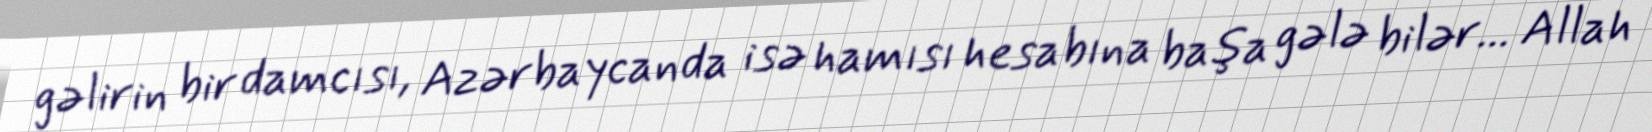
gəlirin bir damcısı, Azərbaycanda isə hamısı hesabına başa gələ bilər... Allah